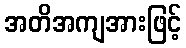
အတိအကျအားဖြင့်